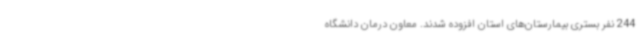
244 نفر بستری بیمارستان‌های استان افزوده شدند. معاون درمان دانشگاه